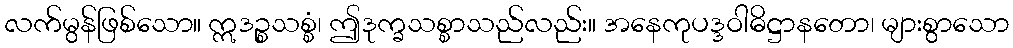
လက်မွန်ဖြစ်သော။ ဣဒဉ္စသစ္စံ၊ ဤဒုက္ခသစ္စာသည်လည်း။ အနေကုပဒ္ဒဝါဓိဋ္ဌာနတော၊ များစွာသော